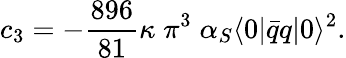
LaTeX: c_{3}=-\frac{896}{81}\kappa\; \pi^{3}\; \alpha_{S}\langle 0|\bar{q}q|0\rangle^{2}.